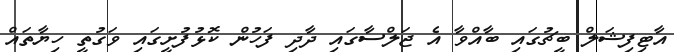
އާޓިފިޝަލް ބީޗުގައި ބާއްވާ އެ ޖަލްސާގައި ދާދި ފަހުން ކޮޅުފުށީގައި ވަގުތީ ހިޔާތައް